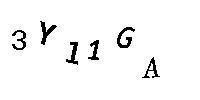
3Y11GA